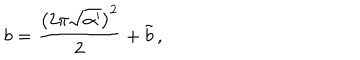
b = \frac { \left( 2 \pi \sqrt { \alpha ^ { \prime } } \right) ^ { 2 } } { 2 } + \tilde { b } \, ,